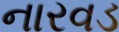
નારવડ